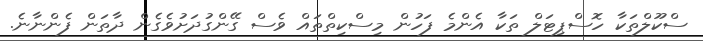
ސްކޫލްތަކާ ހޮސްޕިޓަލް ތަކާ އެންމެ ފަހުން މިސްކިތްތައް ވެސް ގޭންގުދަށުވެގެން ދާތަން ފެންނާނެ.